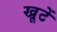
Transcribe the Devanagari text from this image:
खूटें